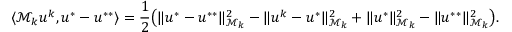
\langle \mathcal M _ { k } u ^ { k } , u ^ { * } - u ^ { * * } \rangle = \frac { 1 } { 2 } \big ( \Vert u ^ { * } - u ^ { * * } \Vert _ { \mathcal M _ { k } } ^ { 2 } - \Vert u ^ { k } - u ^ { * } \Vert _ { \mathcal M _ { k } } ^ { 2 } + \Vert u ^ { * } \Vert _ { \mathcal M _ { k } } ^ { 2 } - \Vert u ^ { * * } \Vert _ { \mathcal M _ { k } } ^ { 2 } \big ) .